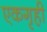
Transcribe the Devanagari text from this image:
एकगृही